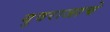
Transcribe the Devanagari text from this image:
युवराजाचे